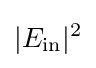
|E_{\text{in}}|^{2}